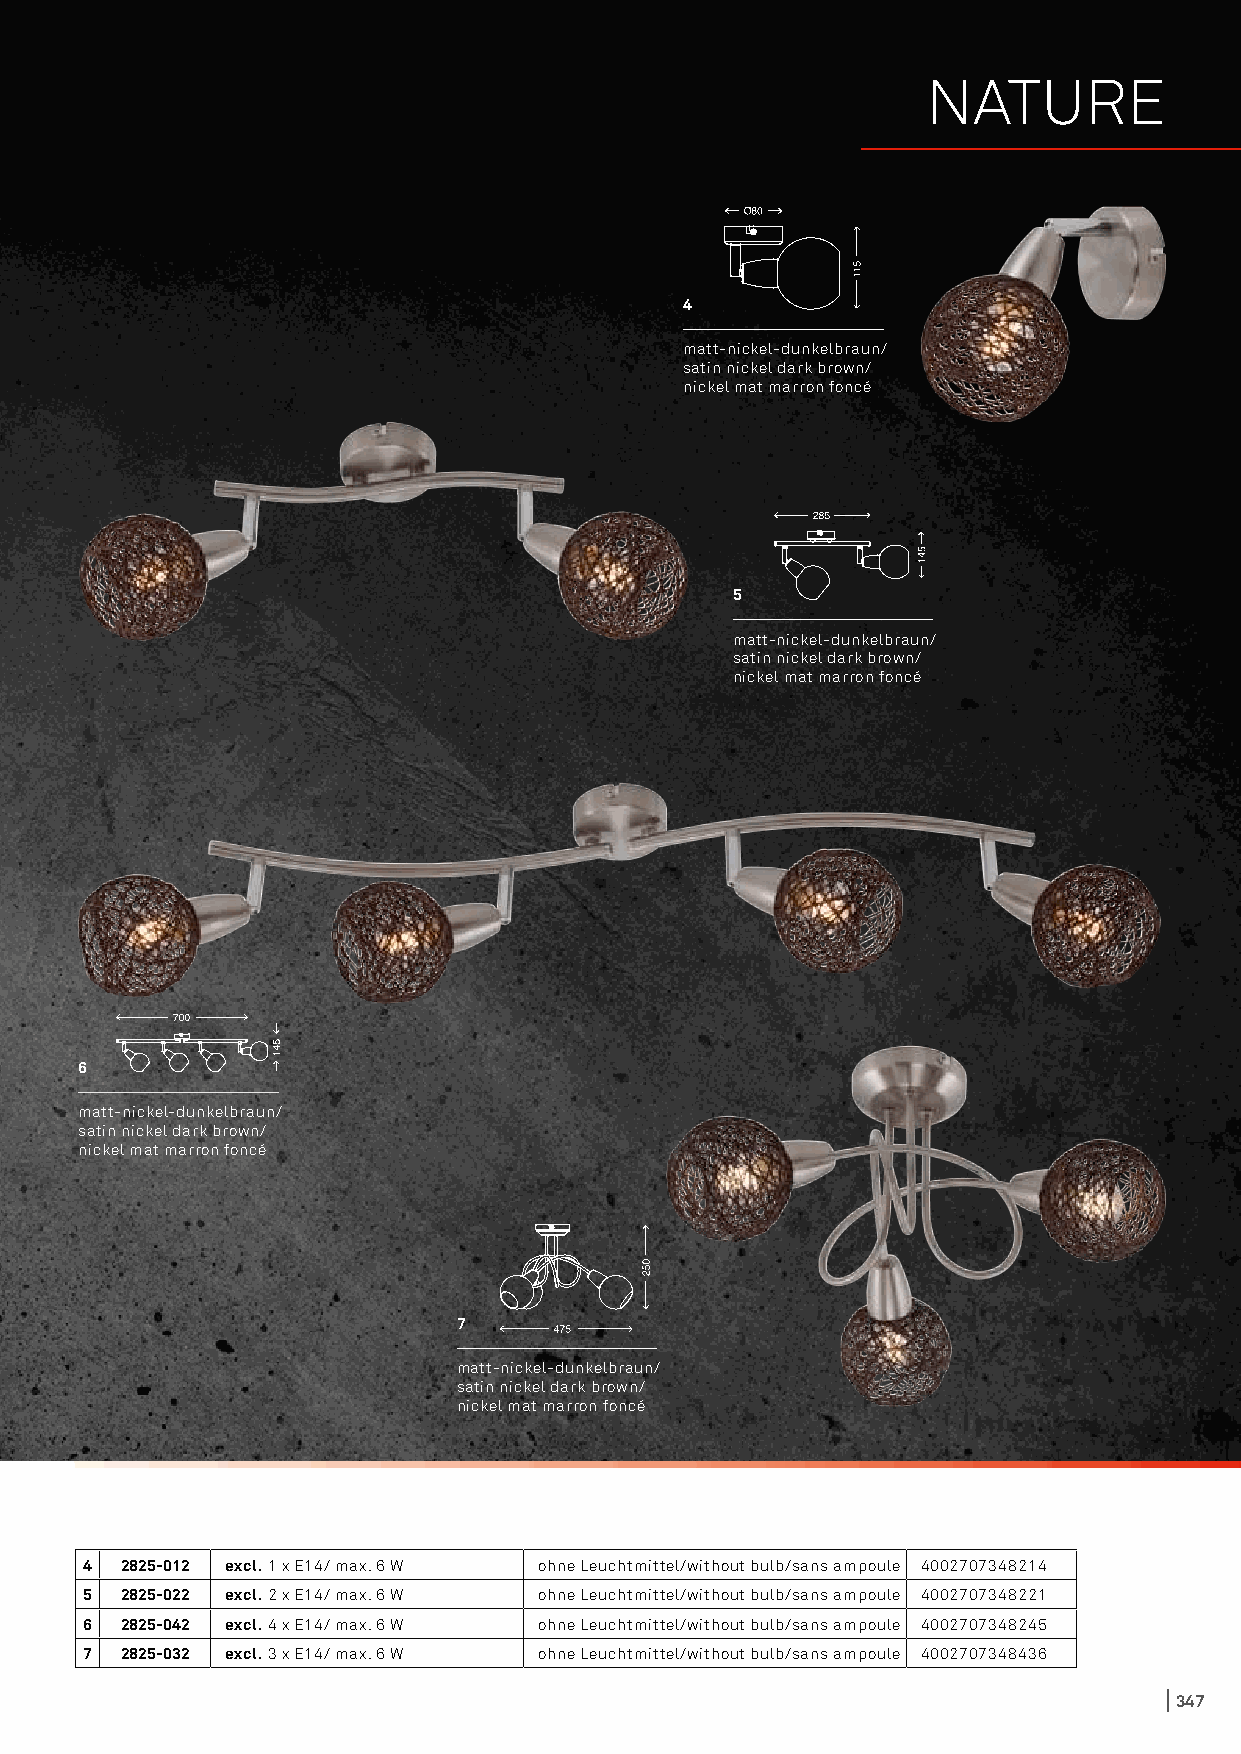
NATURE
 4
 matt-nickel-dunkelbraun/
 satin nickel dark brown/
 nickel mat marron foncé
 5
 matt-nickel-dunkelbraun/
 satin nickel dark brown/
 nickel mat marron foncé
 6
 matt-nickel-dunkelbraun/
 satin nickel dark brown/
 nickel mat marron foncé
 7
 matt-nickel-dunkelbraun/
 satin nickel dark brown/
 nickel mat marron foncé
 4 2825-012 excl. 1 x E14/ max. 6 W ohne Leuchtmittel/without bulb/sans ampoule 4002707348214
 5 2825-022 excl. 2 x E14/ max. 6 W ohne Leuchtmittel/without bulb/sans ampoule 4002707348221
 6 2825-042 excl. 4 x E14/ max. 6 W ohne Leuchtmittel/without bulb/sans ampoule 4002707348245
 7 2825-032 excl. 3 x E14/ max. 6 W ohne Leuchtmittel/without bulb/sans ampoule 4002707348436
 347